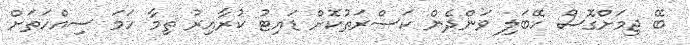
ބޭ ޖިމަށްގޮސް ހޭބަލި ވަންދެން ކަސްރަތުކޮށް ޑައިޓު ކުރާއިރު ތިމާ ހަމަ ސިއްހަތަށް